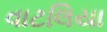
વાટલિયા